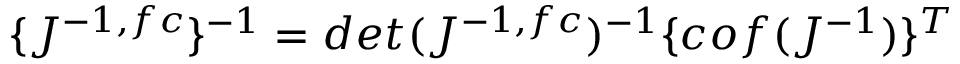
\{ J ^ { - 1 , f c } \} ^ { - 1 } = d e t ( J ^ { - 1 , f c } ) ^ { - 1 } \{ c o f ( J ^ { - 1 } ) \} ^ { T }